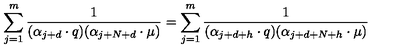
\sum _ { j = 1 } ^ { m } { \frac { 1 } { ( \alpha _ { j + d } \cdot q ) ( \alpha _ { j + N + d } \cdot \mu ) } } = \sum _ { j = 1 } ^ { m } { \frac { 1 } { ( \alpha _ { j + d + h } \cdot q ) ( \alpha _ { j + d + N + h } \cdot \mu ) } }